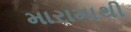
મારામાથી